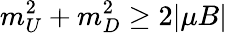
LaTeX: m_{U}^{2}+m_{D}^{2}\geq 2|\mu B|